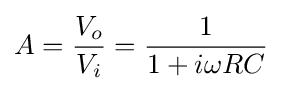
A={\frac {V_{o}}{V_{i}}}={\frac {1}{1+i\omega RC}}